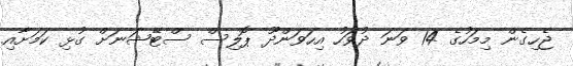
ޖެހިގެން މިމަހުގެ 14 ވަނަ ދުވަހު އިހަވަންދޫ ޕޮލިސް ސްޓޭޝަނަށް ގުޅި ކަމަށާއި